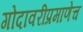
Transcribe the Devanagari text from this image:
गोदावरीप्रमाणेच